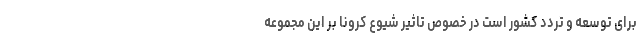
برای توسعه و تردد کشور است در خصوص تاثیر شیوع کرونا بر این مجموعه